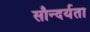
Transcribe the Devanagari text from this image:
सौन्‍दर्यता